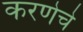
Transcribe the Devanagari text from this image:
करणेचे